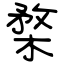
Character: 楘